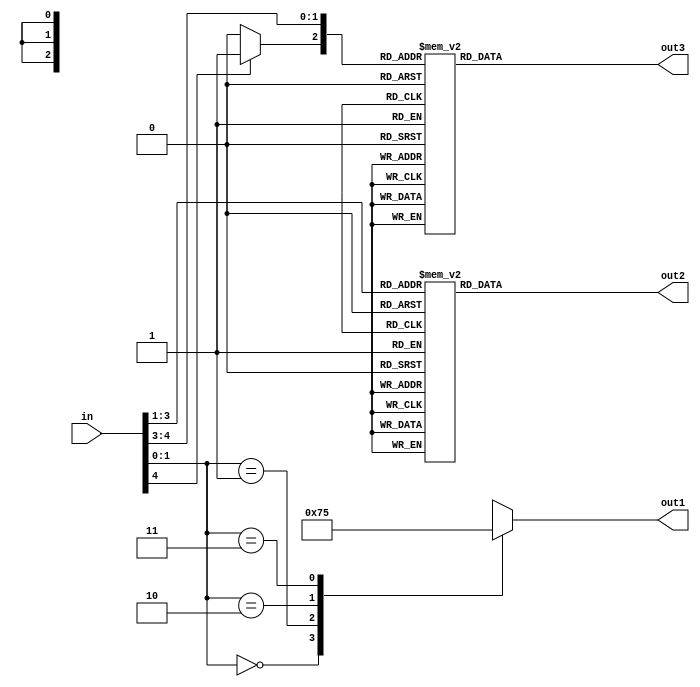
`timescale 1ns / 1ps
//////////////////////////////////////////////////////////////////////////////////
// Company: 
// Engineer: 
// 
// Design Name: 
// Module Name:    Recoding 
// Project Name: 
// Target Devices: 
// Tool versions: 
// Description: 
//
// Dependencies: 
//
// Revision: 
// Revision 0.01 - File Created
// Additional Comments: 
//
//////////////////////////////////////////////////////////////////////////////////
module Recoding(in,out1,out2,out3);

input [4:0] in;

output reg [2:0] out1,out2,out3;

reg check_bit;

always@ ( * ) begin
if(in[4]==1'b1) begin
check_bit=1'b1;
end
else begin
check_bit=1'b0;
end
end

always@( * ) begin
case({in[1:0],1'b0})
3'b000:out1=3'b000;
3'b001:out1=3'b001;
3'b010:out1=3'b001;
3'b011:out1=3'b010;
3'b100:out1=3'b110;
3'b101:out1=3'b101;
3'b110:out1=3'b101;
3'b111:out1=3'b000;
endcase
case(in[3:1])
3'b000:out2=3'b000;
3'b001:out2=3'b001;
3'b010:out2=3'b001;
3'b011:out2=3'b010;
3'b100:out2=3'b110;
3'b101:out2=3'b101;
3'b110:out2=3'b101;
3'b111:out2=3'b000;
endcase
case({check_bit,in[4:3]})
3'b000:out3=3'b000;
3'b001:out3=3'b001;
3'b010:out3=3'b001;
3'b011:out3=3'b010;
3'b100:out3=3'b110;
3'b101:out3=3'b101;
3'b110:out3=3'b101;
3'b111:out3=3'b000;
endcase
end


endmodule